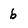
Character: b